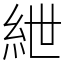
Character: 紲